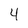
Character: 4